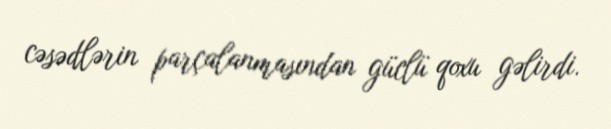
cəsədlərin parçalanmasından güclü qoxu gəlirdi.